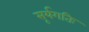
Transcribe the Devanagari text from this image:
सूर्यगतिः